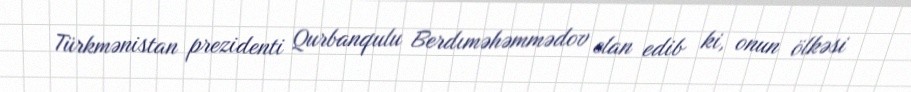
Türkmənistan prezidenti Qurbanqulu Berdıməhəmmədov elan edib ki, onun ölkəsi